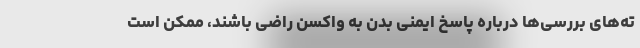
ته‌های بررسی‌ها درباره پاسخ ایمنی بدن به واکسن راضی باشند، ممکن است